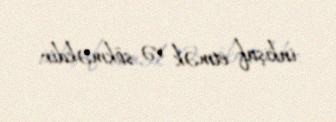
inkişaf etmək və sökməkdir.